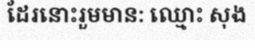
ដែរនោះរួមមាន: ឈ្មោះ សុង